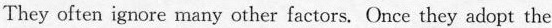
They often ignore many other factors. Once they adopt the